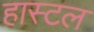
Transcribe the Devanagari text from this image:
हास्टल